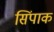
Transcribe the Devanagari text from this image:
सिंपाक